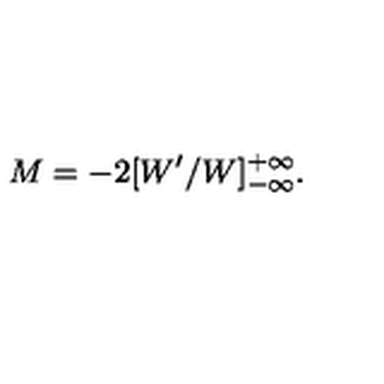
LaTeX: M = - 2 [ W ^ { \prime } / W ] _ { - \infty } ^ { + \infty } .